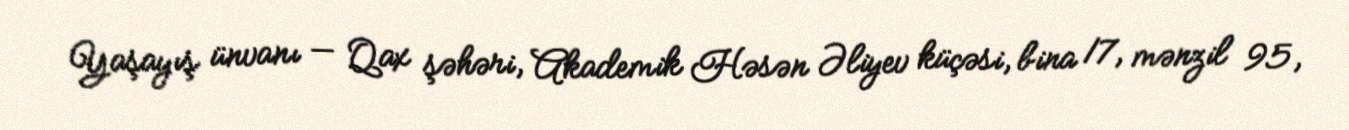
Yaşayış ünvanı — Qax şəhəri, Akademik Həsən Əliyev küçəsi, bina 17, mənzil 95,